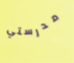
مدرستي